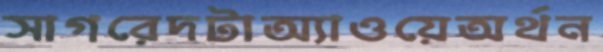
সাগরেদটাঅ্যাওয়েঅর্থন